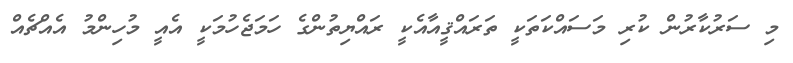
މި ސަރުކާރުން ކުރި މަސައްކަތަކީ ތަރައްޤީއާއެކީ ރައްޔިތުންގެ ހަމަޖެހުމަކީ އެއީ މުހިންމު އެއްޗެއް